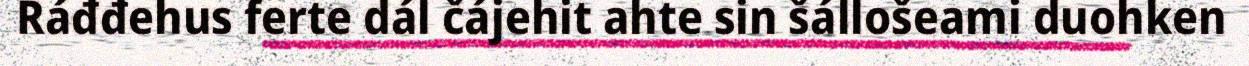
Ráđđehus ferte dál čájehit ahte sin šállošeami duohken